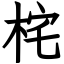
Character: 㭦